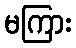
မကြား